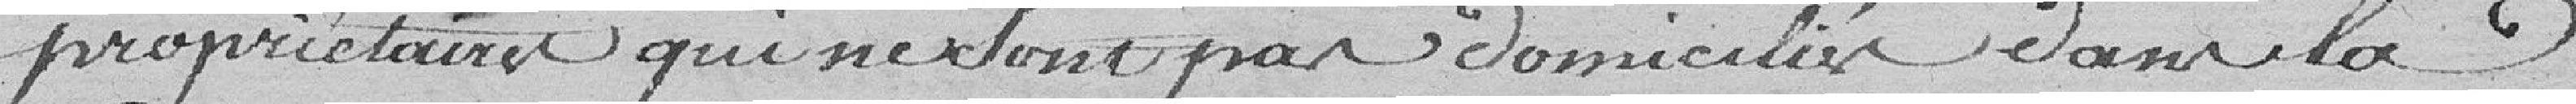
propriétaire qui ne sont pas domiciliés dans la